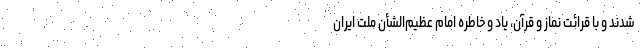
شدند و با قرائت نماز و قرآن، یاد و خاطره امام عظیم‌الشأن ملت ایران